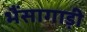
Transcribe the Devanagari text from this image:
भैंसागाड़ी